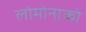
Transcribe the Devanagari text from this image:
लोमोनाको